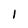
Character: I